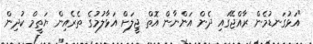
"އަޅުގަނޑުމެން ރާއްޖޭގައި ދެން އަންނާން އޮތް ޖީލަށް އަޅާލުމުގެ ތެރެއިން ޔަތީމް ކުދިން